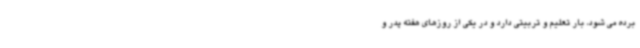
برده می شود، بار تعلیم و تربیتی دارد و در یکی از روزهای هفته پدر و